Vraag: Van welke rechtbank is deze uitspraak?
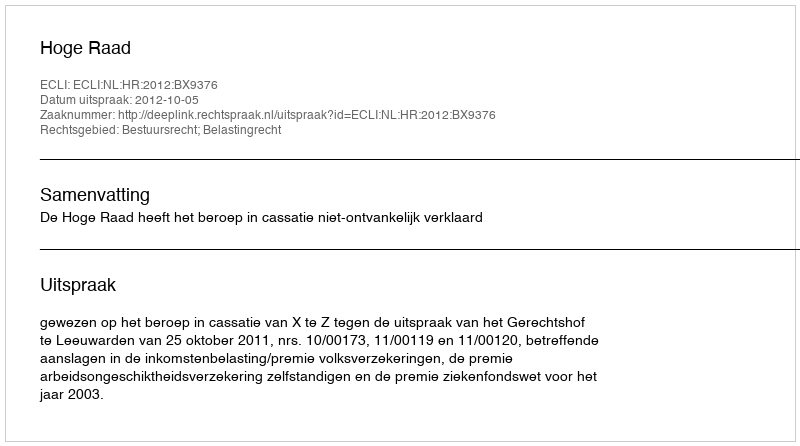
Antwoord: Hoge Raad